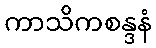
ကာသိကစန္ဒနံ